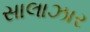
સાલાઝાર